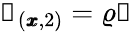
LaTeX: \mathscr{s}_{(\pmb{x},2)}=\varrho\mathscr{w}